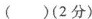
()(2分)